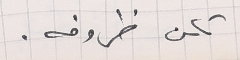
تكن ظروفه.